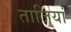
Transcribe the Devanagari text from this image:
ताजियां